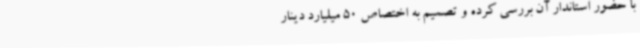
با حضور استاندار آن بررسی کرده و تصمیم به اختصاص 50 میلیارد دینار